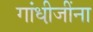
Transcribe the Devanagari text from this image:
गांधी़जींना